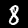
Digit: 8